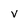
Character: v